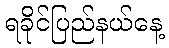
ရခိုင်ပြည်နယ်နေ့